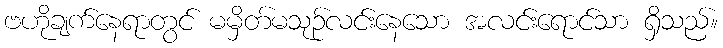
ဗဟိုချက်နေရာတွင် မမှိတ်မသုဉ်လင်းနေသော အလင်းရောင်သာ ရှိသည်။